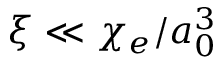
\xi \ll \chi _ { e } / a _ { 0 } ^ { 3 }